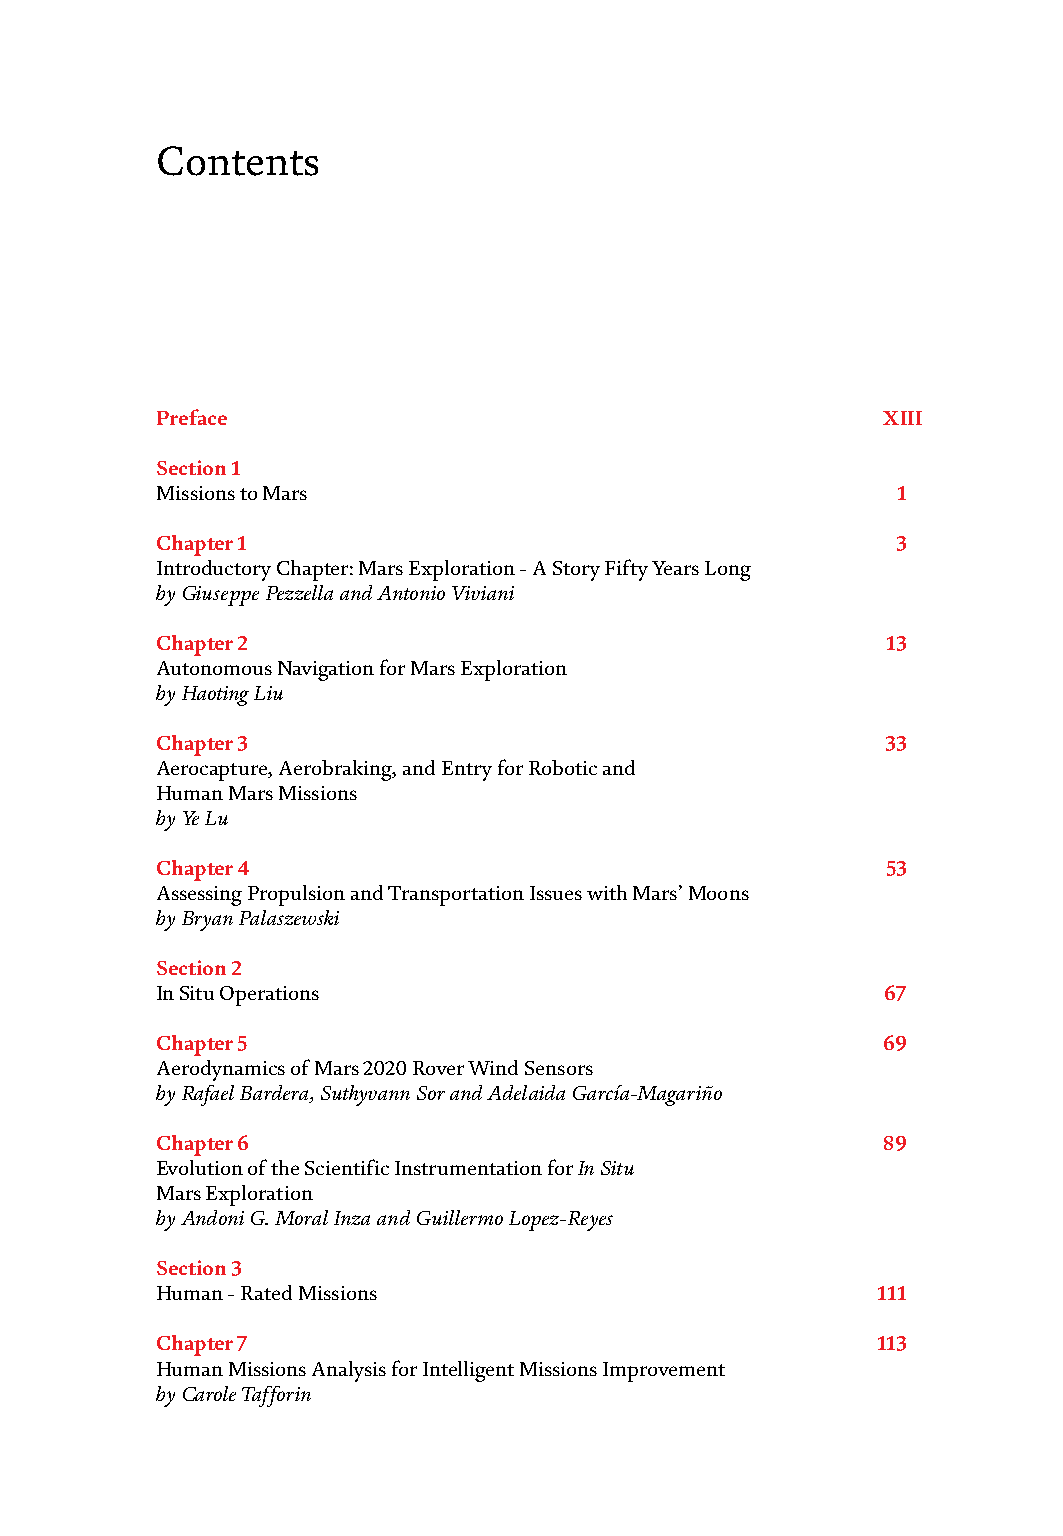
Contents
 Preface                                         XIII
 Section 1
 Missions to Mars                                 1
 Chapter 1                                        3
 Introductory Chapter: Mars Exploration - A Story Fifty Years Long
 by Giuseppe Pezzella and Antonio Viviani
 Chapter 2                                        13
 Autonomous Navigation for Mars Exploration
 by Haoting Liu
 Chapter 3                                        33
 Aerocapture, Aerobraking, and Entry for Robotic and
 Human Mars Missions
 by Ye Lu
 Chapter 4                                        53
 Assessing Propulsion and Transportation Issues with Mars’ Moons
 by Bryan Palaszewski
 Section 2
 In Situ Operations                               67
 Chapter 5                                       69
 Aerodynamics of Mars 2020 Rover Wind Sensors
 by Rafael Bardera, Suthyvann Sor and Adelaida García-Magariño
 Chapter 6                                       89
 Evolution of the Scientific Instrumentation for In Situ
 Mars Exploration
 by Andoni G. Moral Inza and Guillermo Lopez-Reyes
 Section 3
 Human - Rated Missions                          111
 Chapter 7                                       113
 Human Missions Analysis for Intelligent Missions Improvement
 by Carole Tafforin